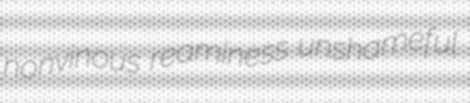
nonvinous reaminess unshameful